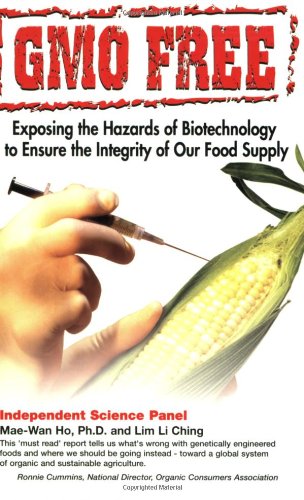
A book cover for GMO Free: Exposing the Hazards of Biotechnology to Ensure the Integrity of Our Food Supply; Mae-Wan Ho; Health, Fitness & Dieting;